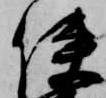
使